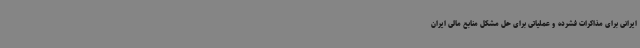
ایرانی برای مذاکرات فشرده و عملیاتی برای حل مشکل منابع مالی ایران